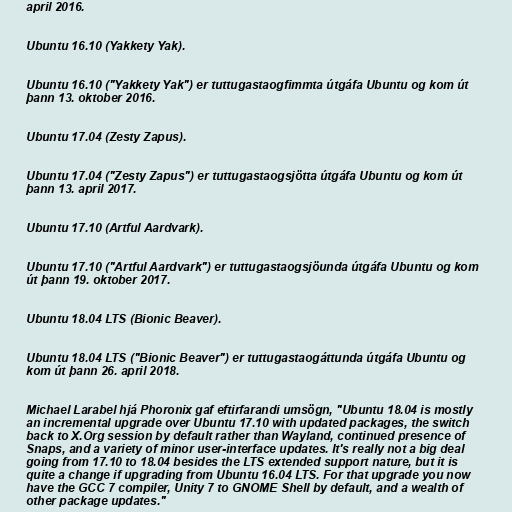
april 2016.

Ubuntu 16.10 (Yakkety Yak).

Ubuntu 16.10 ("Yakkety Yak") er tuttugastaogfimmta útgáfa Ubuntu og kom út
þann 13. oktober 2016.

Ubuntu 17.04 (Zesty Zapus).

Ubuntu 17.04 ("Zesty Zapus") er tuttugastaogsjötta útgáfa Ubuntu og kom út
þann 13. april 2017.

Ubuntu 17.10 (Artful Aardvark).

Ubuntu 17.10 ("Artful Aardvark") er tuttugastaogsjöunda útgáfa Ubuntu og kom
út þann 19. oktober 2017.

Ubuntu 18.04 LTS (Bionic Beaver).

Ubuntu 18.04 LTS ("Bionic Beaver") er tuttugastaogáttunda útgáfa Ubuntu og
kom út þann 26. april 2018.

Michael Larabel hjá Phoronix gaf eftirfarandi umsögn, "Ubuntu 18.04 is mostly
an incremental upgrade over Ubuntu 17.10 with updated packages, the switch
back to X.Org session by default rather than Wayland, continued presence of
Snaps, and a variety of minor user-interface updates. It's really not a big deal
going from 17.10 to 18.04 besides the LTS extended support nature, but it is
quite a change if upgrading from Ubuntu 16.04 LTS. For that upgrade you now
have the GCC 7 compiler, Unity 7 to GNOME Shell by default, and a wealth of
other package updates."